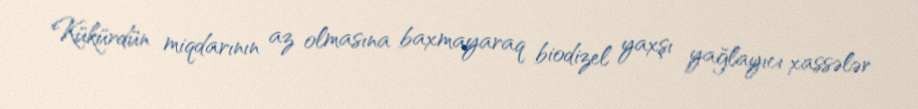
Kükürdün miqdarının az olmasına baxmayaraq biodizel yaxşı yağlayıcı xassələr